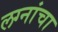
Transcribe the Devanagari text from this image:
लग्नांचा